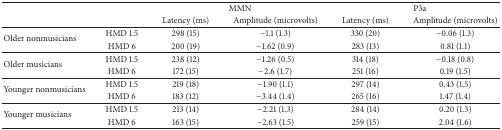
|  |  | <COLSPAN=2> MMN | <COLSPAN=2> P3a |
 |  |  | Latency (ms) | Amplitude (microvolts) | Latency (ms) | Amplitude (microvolts) |
 | --- | --- | --- | --- | --- | --- |
 | <ROWSPAN=2> Older nonmusicians | HMD 1.5 | 298 (15) | −1.1 (1.3) | 330 (20) | −0.06 (1.3) |
 | HMD 6 | 200 (19) | −1.62 (0.9) | 283 (13) | 0.81 (1.1) |
 | <ROWSPAN=2> Older musicians | HMD 1.5 | 238 (12) | −1.26 (0.5) | 314 (18) | −0.18 (0.8) |
 | HMD 6 | 172 (15) | −2.6 (1.7) | 251 (16) | 0.19 (1.5) |
 | <ROWSPAN=2> Younger nonmusicians | HMD 1.5 | 219 (18) | −1.90 (1.1) | 297 (14) | 0.43 (1.5) |
 | HMD 6 | 183 (12) | −3.44 (1.4) | 265 (16) | 1.47 (1.4) |
 | <ROWSPAN=2> Younger musicians | HMD 1.5 | 213 (14) | −2.21 (1.3) | 284 (14) | 0.20 (1.3) |
 | HMD 6 | 163 (15) | −2.63 (1.5) | 259 (15) | 2.04 (1.6) |